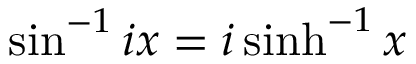
\sin ^ { - 1 } i x = i \sinh ^ { - 1 } x